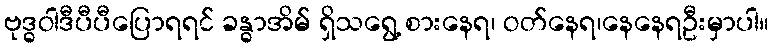
ဗုဒ္ဓဝါဒီပီပီပြောရရင် ခန္ဓာအိမ် ရှိသရွေ့ စားနေရ၊ ဝတ်နေရ၊နေနေရဦးမှာပါ။